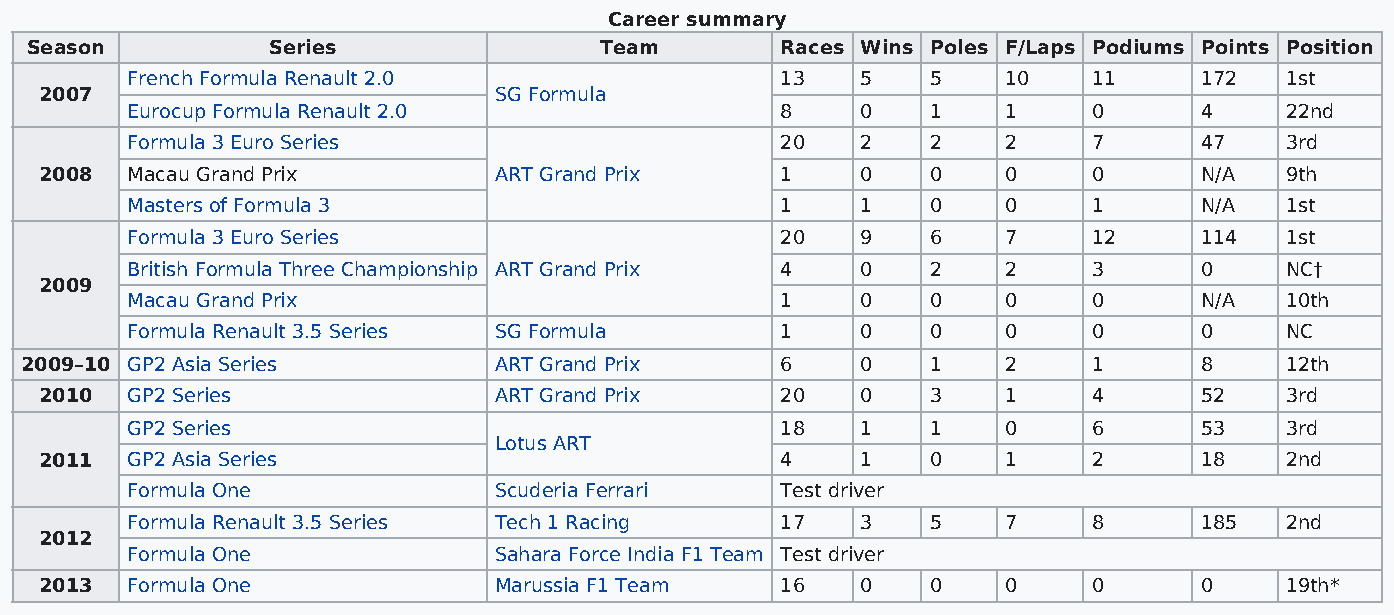
Career summary
 Season          Series                Team        Races Wins Poles F/Laps Podiums Points Position
 French Formula Renault 2.0                  13   5    5    10   11     172   1st
 2007                          SG Formula
 Eurocup Formula Renault 2.0                 8    0    1    1    0      4     22nd
 Formula 3 Euro Series                       20   2    2    2    7      47    3rd
 2008 Macau Grand Prix         ART Grand Prix     1    0    0    0    0      N/A   9th
 Masters of Formula 3                        1    1    0    0    1      N/A   1st
 Formula 3 Euro Series                       20   9    6    7    12     114   1st
 British Formula Three Championship ART Grand Prix 4 0 2    2    3      0     NC†
 2009
 Macau Grand Prix                            1    0    0    0    0      N/A   10th
 Formula Renault 3.5 Series SG Formula       1    0    0    0    0      0     NC
 2009–10 GP2 Asia Series         ART Grand Prix     6    0    1    2    1      8     12th
 2010 GP2 Series               ART Grand Prix     20   0    3    1    4      52    3rd
 GP2 Series                                  18   1    1    0    6      53    3rd
 Lotus ART
 2011 GP2 Asia Series                             4    1    0    1    2      18    2nd
 Formula One              Scuderia Ferrari   Test driver
 Formula Renault 3.5 Series Tech 1 Racing    17   3    5    7    8      185   2nd
 2012
 Formula One              Sahara Force India F1 Team Test driver
 2013 Formula One              Marussia F1 Team   16   0    0    0    0      0     19th*